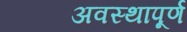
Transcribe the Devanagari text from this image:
अवस्थापूर्ण